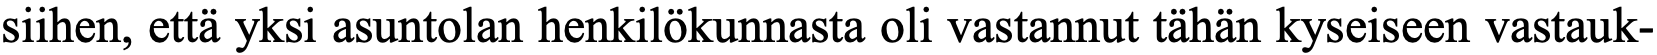
siihen, että yksi asuntolan henkilökunnasta oli vastannut tähän kyseiseen vastauk-